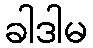
ခါဒါမ